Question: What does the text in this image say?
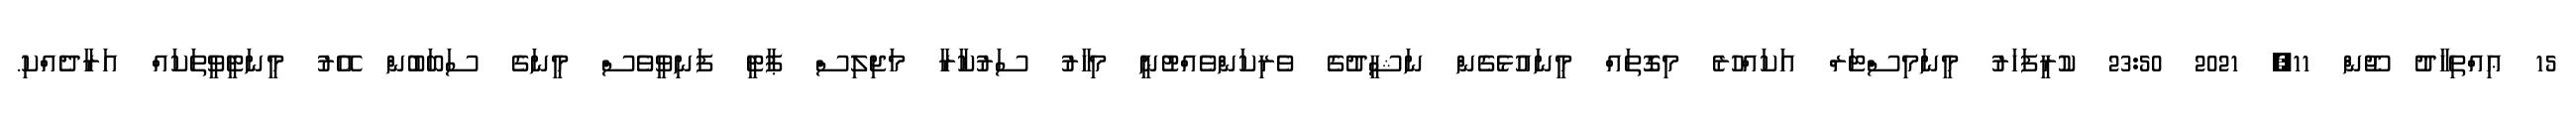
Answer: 15 ޢިއްތިހާދު ޖޫން 11, 2021 23:50 ކުރީފަހަރު މީނަމިސްޓަރް އަކައްހުރެ މިގޮތައް މީނައުޅެގެން ނަޝީދުގެ ވެރިކަންވެއްޓުނީ މިހާރު ސަރުކާރާ މަޖިލިސް ޕާޓީ ފަނިވީވެސް މީނަގެ ސަބަބުން އޭރު މީނަޓީވީތަކައް އަރާދެއްކި.